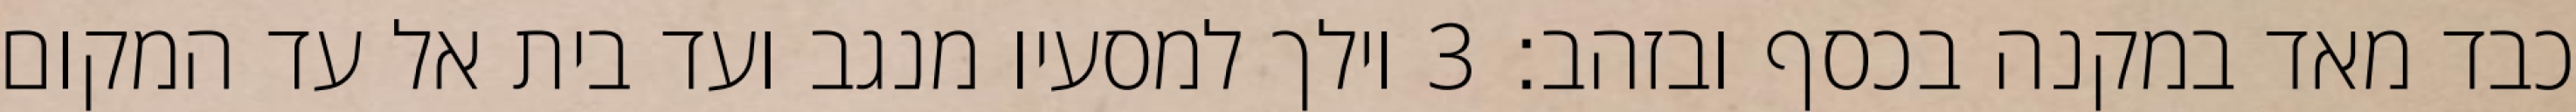
כבד מאד במקנה בכסף ובזהב׃ ‎3‏ וילך למסעיו מנגב ועד בית אל עד המקום